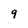
Character: 9